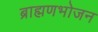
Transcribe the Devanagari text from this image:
ब्राह्मणभोजन